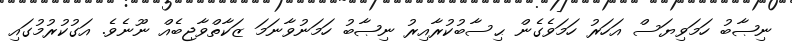
ނިޞާބު ހަމަވިޔަސް އަހަރު ހަމަވެގެން ޙިސާބުކުރާއިރު ނިޞާބު ހަމަނުވާނަމަ ޒަކާތްވާޖިބެއް ނޫނެވެ. އަގުކުރުމުގައި